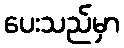
ပေးသည်မှာ